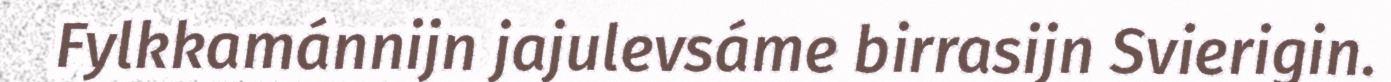
Fylkkamánnijn jajulevsáme birrasijn Svierigin.